38_143685_box7_Incident_Summaries_1-100
Agency: Department of War
Page 166
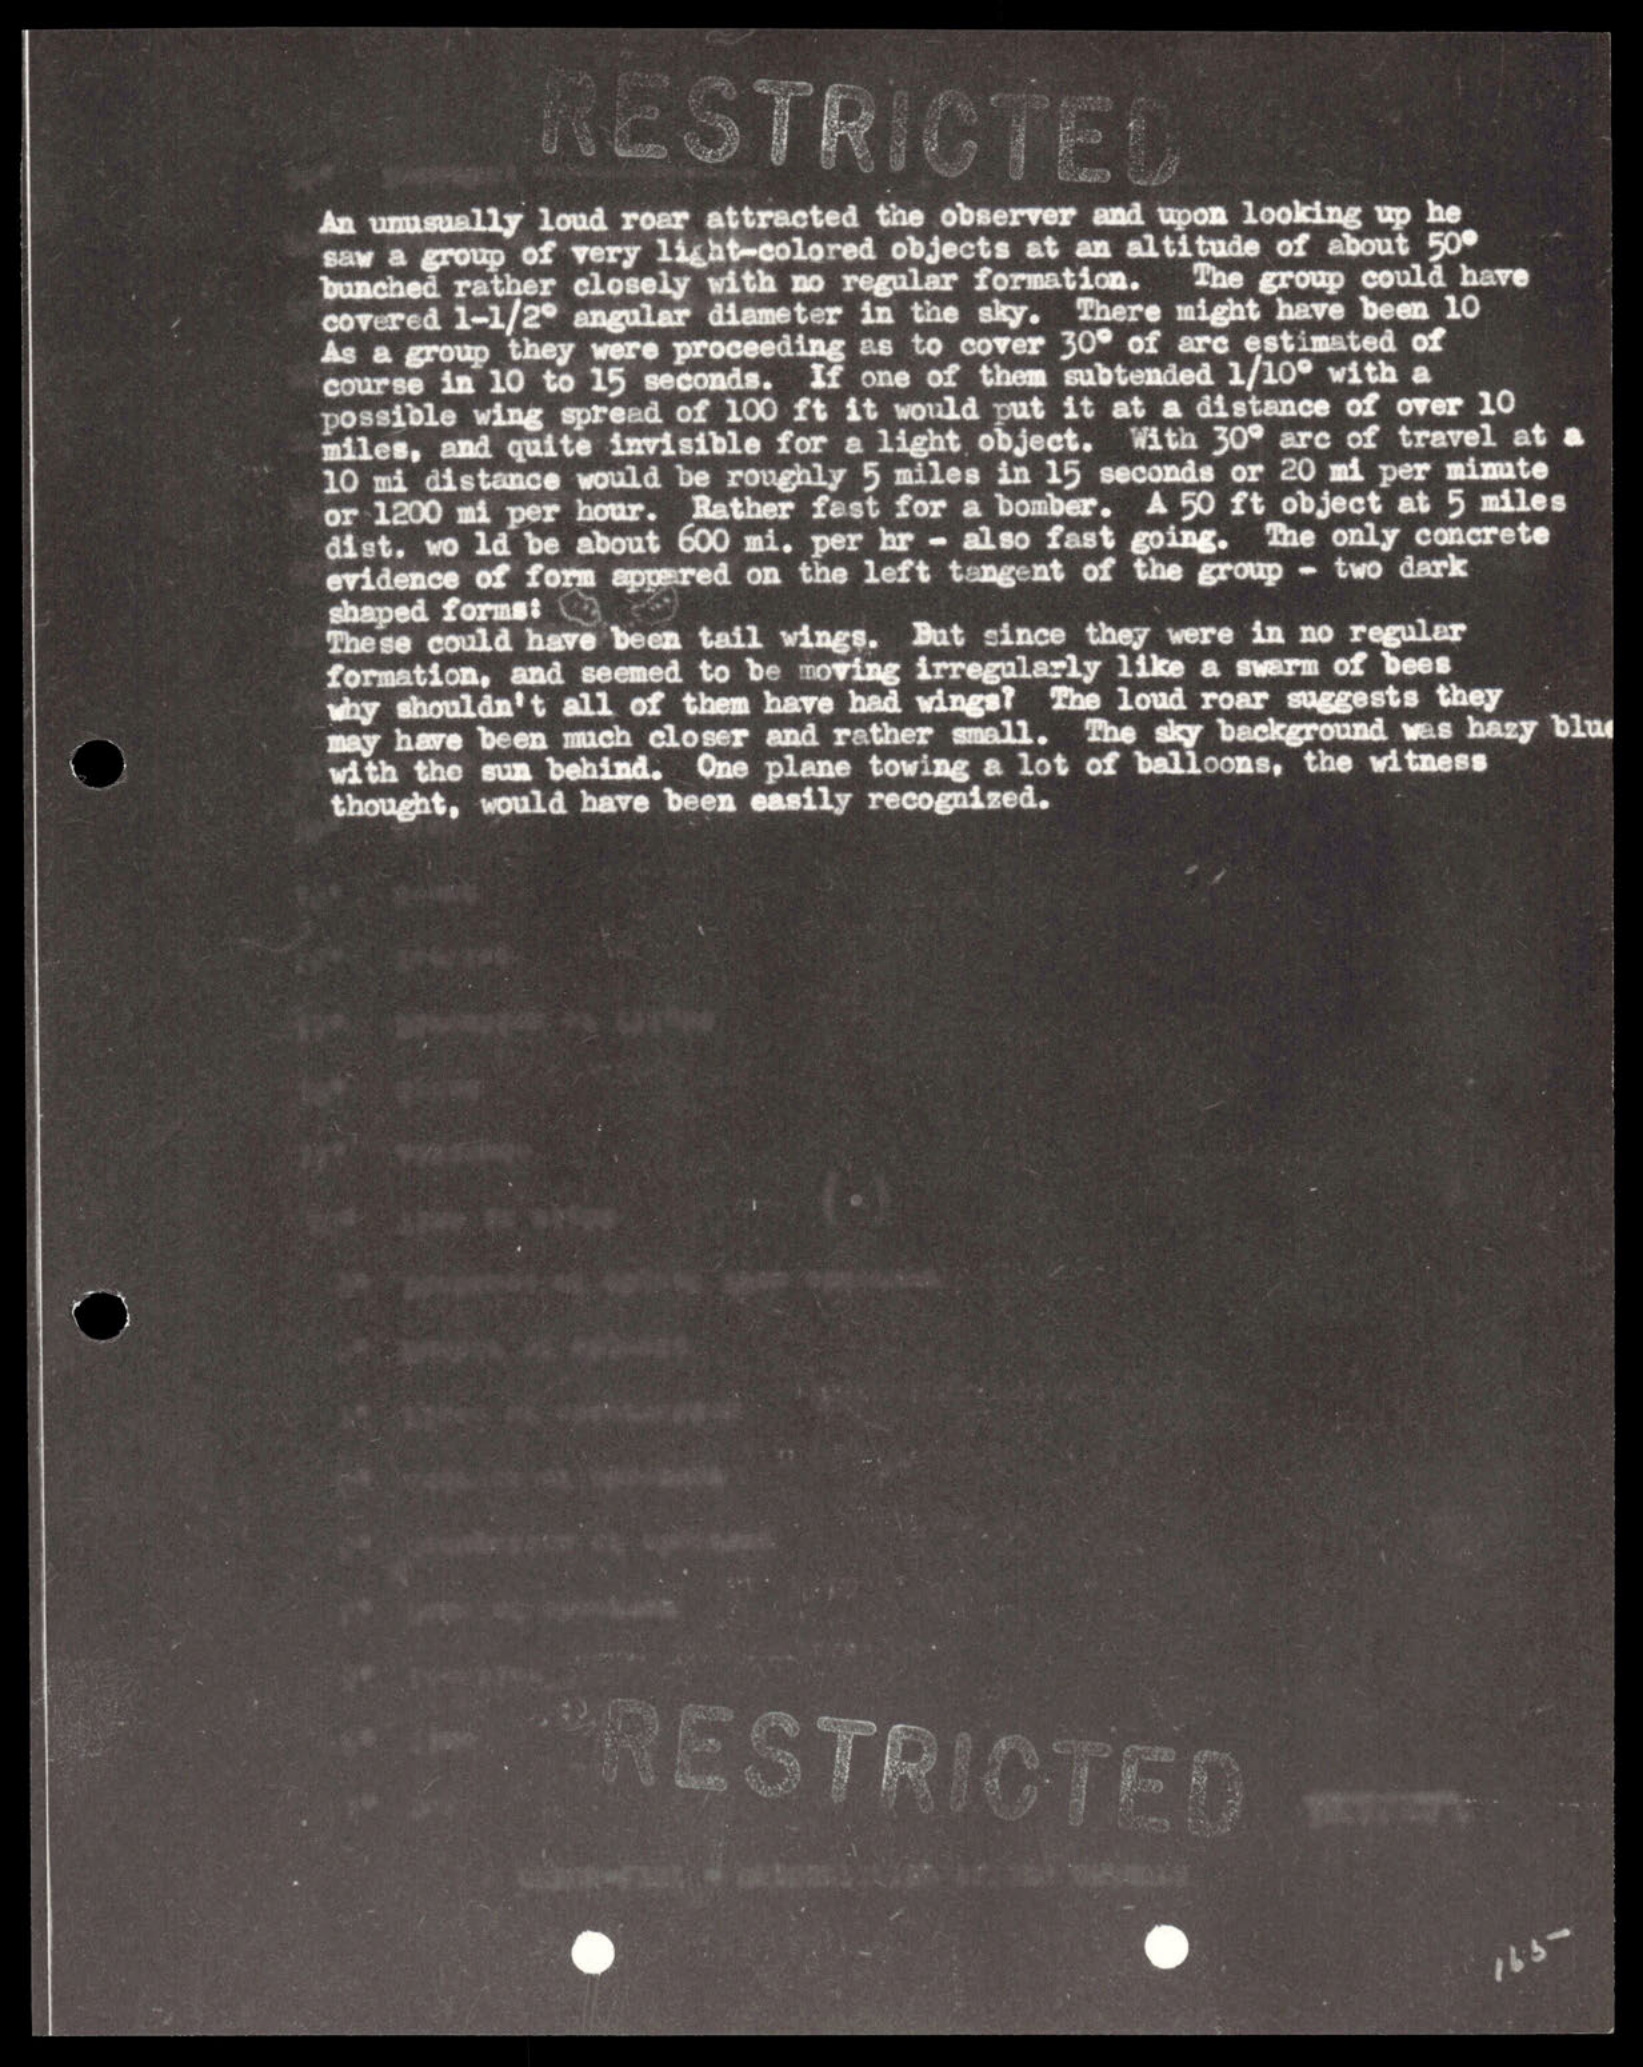